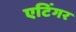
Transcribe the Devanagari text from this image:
एटिंगर